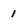
Character: 1